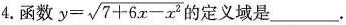
4.函数$$y= \sqrt{7+6x-x^{2}}$$的定义域是___.